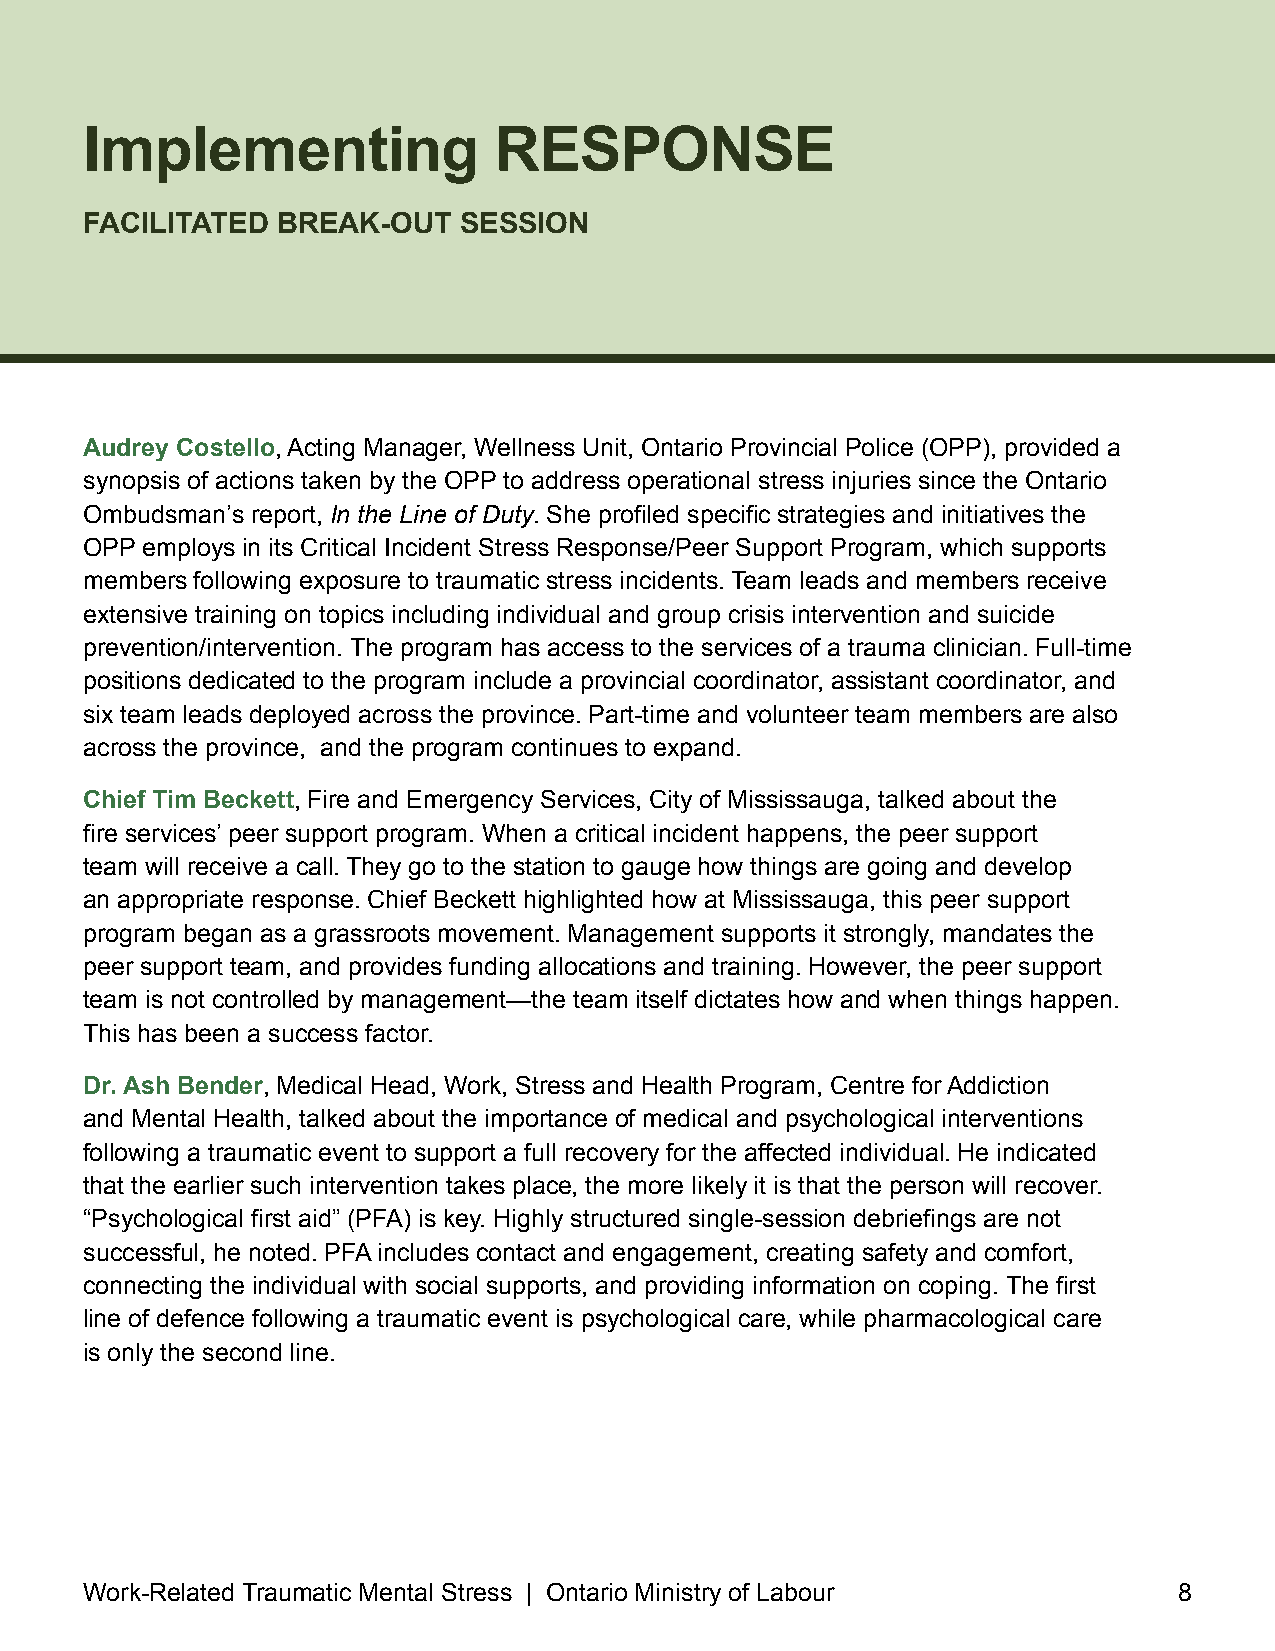
Implementing               RESPONSE
 FACILITATED BREAK-OUT   SESSION
 Audrey Costello, Acting Manager, Wellness Unit, Ontario Provincial Police (OPP), provided a
 synopsis of actions taken by the OPP to address operational stress injuries since the Ontario
 Ombudsman’s report, In the Line of Duty. She profiled specific strategies and initiatives the
 OPP employs in its Critical Incident Stress Response/Peer Support Program, which supports
 members following exposure to traumatic stress incidents . Team leads and members receive
 extensive training on topics including individual and group crisis intervention and suicide
 prevention/intervention . The program has access to the services of a trauma clinician . Full-time
 positions dedicated to the program include a provincial coordinator, assistant coordinator, and
 six team leads deployed across the province . Part-time and volunteer team members are also
 across the province, and the program continues to expand .
 Chief Tim Beckett, Fire and Emergency Services, City of Mississauga, talked about the
 fire services’ peer support program. When a critical incident happens, the peer support
 team will receive a call . They go to the station to gauge how things are going and develop
 an appropriate response . Chief Beckett highlighted how at Mississauga, this peer support
 program began as a grassroots movement . Management supports it strongly, mandates the
 peer support team, and provides funding allocations and training . However, the peer support
 team is not controlled by management—the team itself dictates how and when things happen .
 This has been a success factor .
 Dr. Ash Bender, Medical Head, Work, Stress and Health Program, Centre for Addiction
 and Mental Health, talked about the importance of medical and psychological interventions
 following a traumatic event to support a full recovery for the affected individual . He indicated
 that the earlier such intervention takes place, the more likely it is that the person will recover .
 “Psychological first aid” (PFA) is key. Highly structured single-session debriefings are not
 successful, he noted . PFA includes contact and engagement, creating safety and comfort,
 connecting the individual with social supports, and providing information on coping. The first
 line of defence following a traumatic event is psychological care, while pharmacological care
 is only the second line .
 Work-Related Traumatic Mental Stress | Ontario Ministry of Labour       8